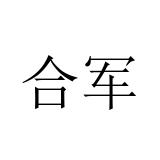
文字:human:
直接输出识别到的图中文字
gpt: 合军